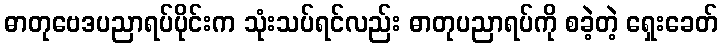
ဓာတုဗေဒပညာရပ်ပိုင်းက သုံးသပ်ရင်လည်း ဓာတုပညာရပ်ကို စခဲ့တဲ့ ရှေးခေတ်